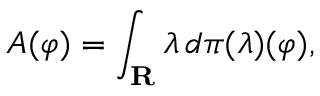
A ( \varphi ) = \int _ { \mathbf { R } } \lambda \, d \pi ( \lambda ) ( \varphi ) ,